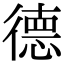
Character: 德